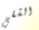
الشقي